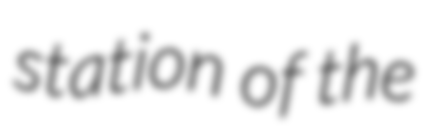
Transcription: station of the